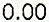
0.00